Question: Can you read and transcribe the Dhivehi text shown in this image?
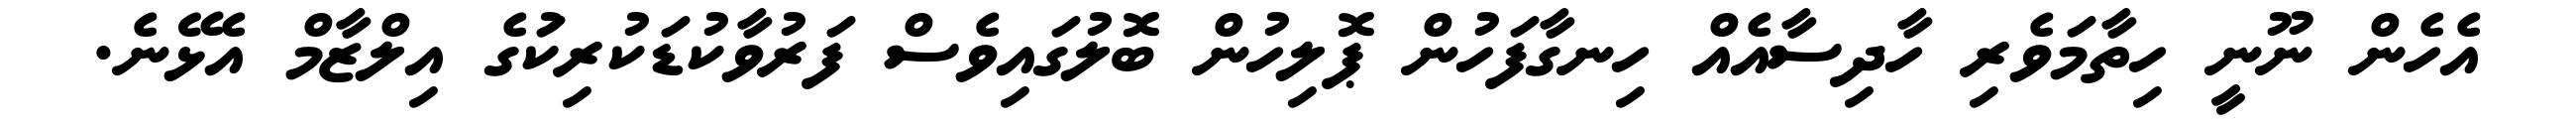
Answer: އެހެން ނޫނީ ހިތާމަވެރި ހާދިސާއެއް ހިނގާފަހުން ޕޮލިހުން ބޮލުގައިވެސް ފަރުވާކުޑަކުރިކަުގެ އިލްޒާމް އެޅޭނެ.